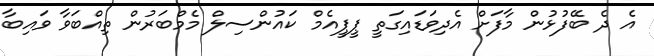
އެ ދެ ބޭފުޅުން މާފަށް އެދިވަޑައިގަތީ ޕީޕީއެމް ކައުންސިލް މެމްބަރުން ތިއްބަވާ ވައިބާ